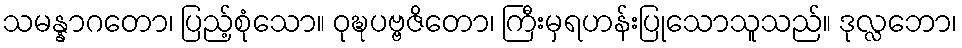
သမန္နာဂတော၊ ပြည့်စုံသော။ ဝုဍ္ဎပဗ္ဗဇိတော၊ ကြီးမှရဟန်းပြုသောသူသည်။ ဒုလ္လဘော၊